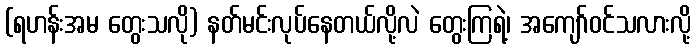
(ရဟန်းအမ တွေးသလို) နတ်မင်းလုပ်နေတယ်လို့လဲ တွေးကြရဲ့၊ အကျော်ဝင်သလားလို့